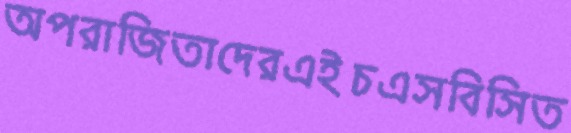
অপরাজিতাদেরএইচএসবিসিত